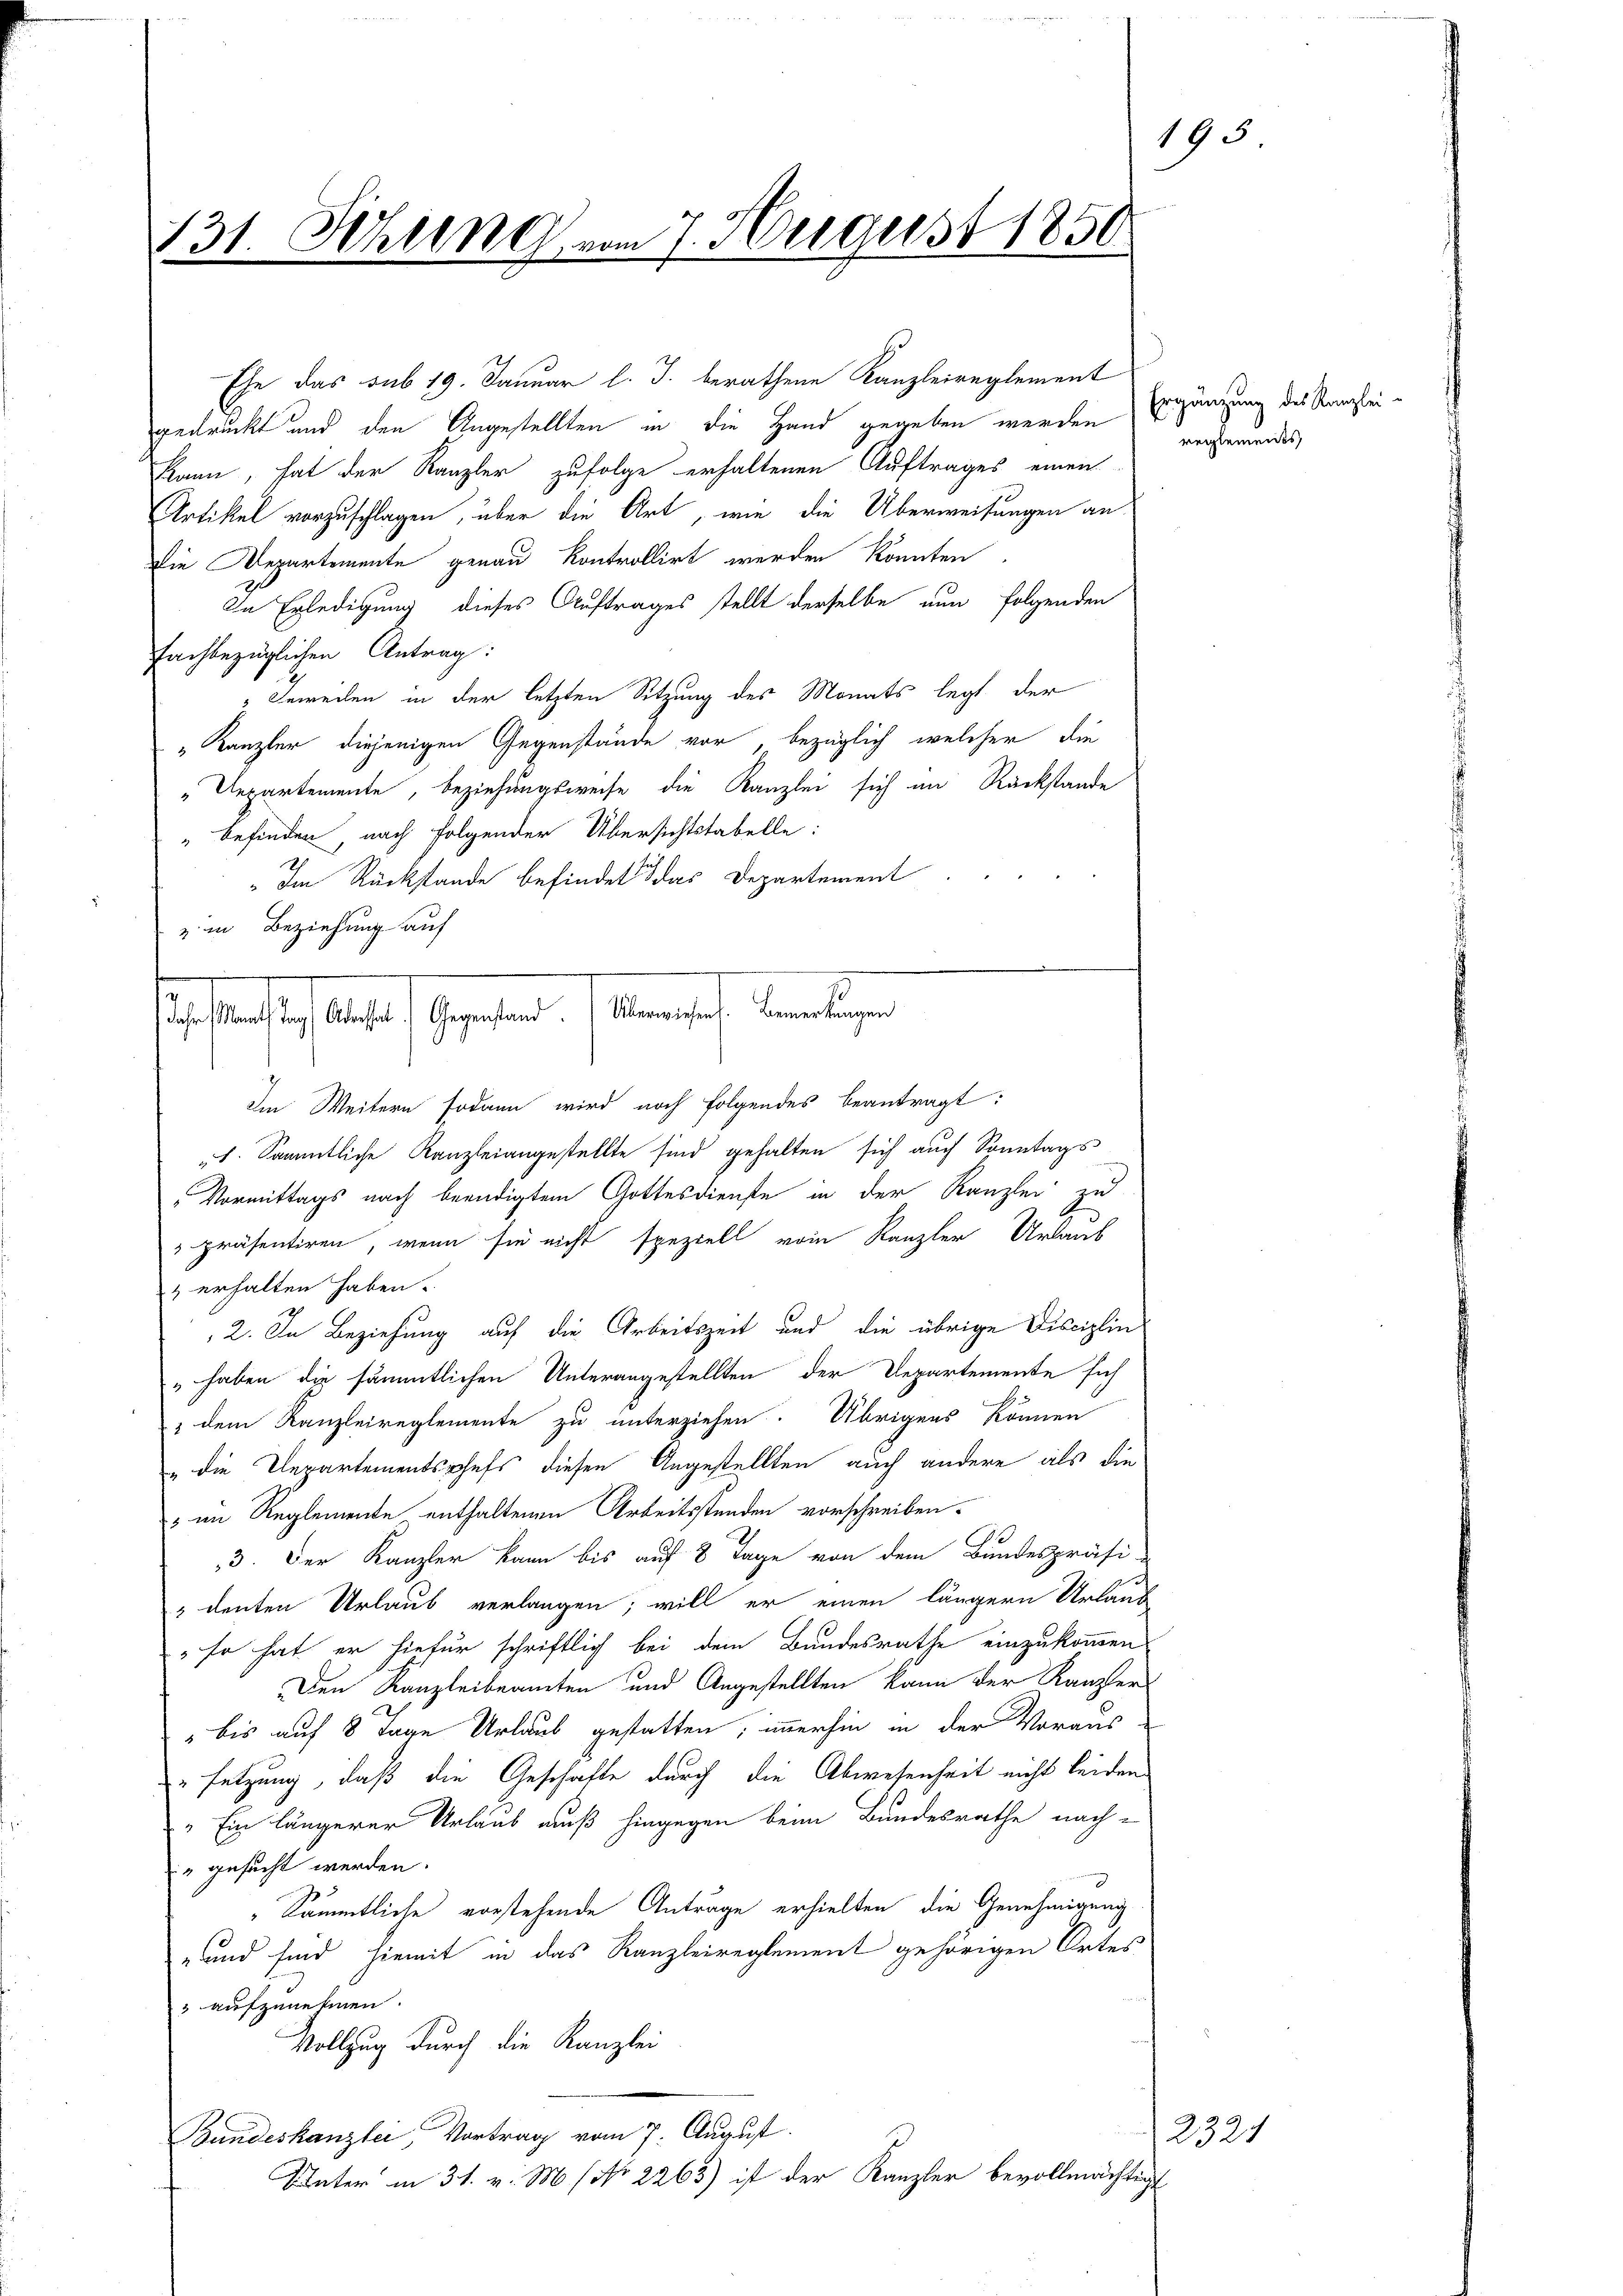
131. Schling vom 7. August 1850
2

Ehe das sub 19. Januar l. J. berathene Kanzleireglement
gedruckt und den Angestellten in die Hand gegeben werden, Ergänzung des Kanzleikann, hat der Kanzler zufolge erhaltenen Auftrages einen
Artikel vorzuschlagen, über die Art, wie die Überweisungen an.
Die Departemente genau kontrollirt werden könnten
In Erledigung dieses Auftrages stellt derselbe nun folgenden
fachbezüglichen Antrag:
Beweilen in der letzten Sitzung des Monats legt der
" Kanzler diejenigen Gegenstände vor, bezüglich welcher die
"Departemente, beziehungsweise die Kanzlei sich im Rückstande
" befinden, nach folgender Übersichtstabelle:
Im Rückstande befindet das Departement
z in Beziehung auf

s erst 1810. Gesetzen. Mensch, damaligen
Im Weitern sodann wird noch folgendes beantragt:

". Sämmtliche Kanzleiangestellte sind gehalten sich auch Sonntags
Vormittags nach beendigtem Gottesdienste in der Kanzlei zu
präsentiren, wenn sie nicht speziell vom Kanzler Urlaub
& erhalten haben.
2. In Beziehung auf die Arbeitszeit und die übrige Disciplin
„haben die sämmtlichen Unterangestellten der Departemente sich
" dem Kanzleireglemente zu unterziehen. Übrigens können
" die Departementsphefs diesen Angestellten auch andere als die
 im Reglemente enthaltenen Arbeitsstunden vorschreiben.
3. Der Kanzler kann bis auf 8 Tage von dem Bundespräsi-
 deuten Urlaub verlangen; will er einen längern Urlaub
so hat er hiefür schriftlich bei dem Bundesrathe einzukommen
Den Kanzleibeamten und Angestellten kann der Kanzler
 bis auf 8 Tage Urlaub gestatten, immerhin in der Voraus-
"setzung, daß die Geschäfte durch die Abwesenheit nicht beiden
" Ein längerer Urlaub muß hingegen beim Bundesrathe nach¬
" gesucht werden.
Sämmtliche vorstehende Anträge erhielten die Genehmigung
und sind hiemit in das Kanzleireglement gehörigen Ortes
" aufzunehmen.
Vollzug durch die Kanzlei
Bundeskanzlei Vortrag vom 7. August.
Unter in 31. v. M. (No 2263) ist der Kanzler bevollmächtigt

reglemendes

193

2321